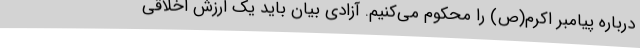
درباره پیامبر اکرم(ص) را محکوم می‌کنیم. آزادی بیان باید یک ارزش اخلاقی